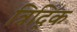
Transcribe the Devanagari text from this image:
त्रिद्कि